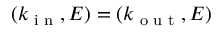
( k _ { \textrm { i n } } , E ) = ( k _ { \textrm { o u t } } , E )